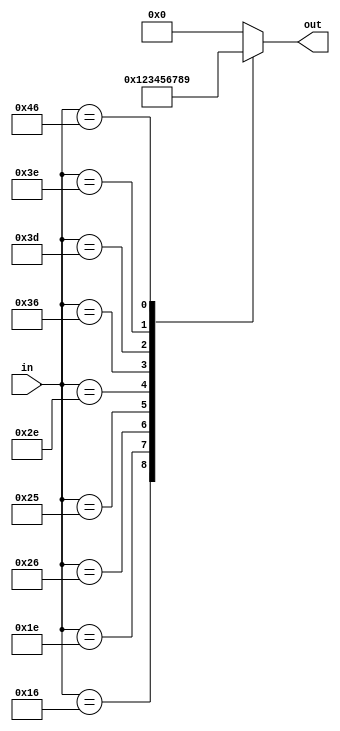
module convert(
input wire[7:0] in,
output reg[3:0] out
);



always @ (in) begin

case(in)
8'h45: out = 4'h0;
8'h16: out = 4'h1;
8'h1E: out = 4'h2;
8'h26: out = 4'h3;
8'h25: out = 4'h4;
8'h2E: out = 4'h5;
8'h36: out = 4'h6;
8'h3D: out = 4'h7;
8'h3E: out = 4'h8;
8'h46: out = 4'h9;

default: out=4'h0;

endcase

end
endmodule